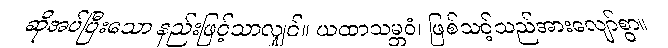
ဆိုအပ်ပြီးသော နည်းဖြင့်သာလျှင်။ ယထာသမ္ဘဝံ၊ ဖြစ်သင့်သည်အားလျော်စွာ။